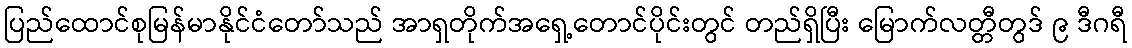
ပြည်ထောင်စုမြန်မာနိုင်ငံတော်သည် အာရှတိုက်အရှေ့တောင်ပိုင်းတွင် တည်ရှိပြီး မြောက်လတ္တီတွဒ် ၉ ဒီဂရီ